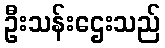
ဦးသန်းဌေးသည်